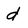
Character: d